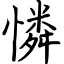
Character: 憐